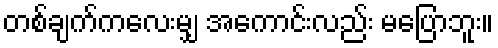
တစ်ချက်ကလေးမျှ အကောင်းလည်း မပြောဘူး။